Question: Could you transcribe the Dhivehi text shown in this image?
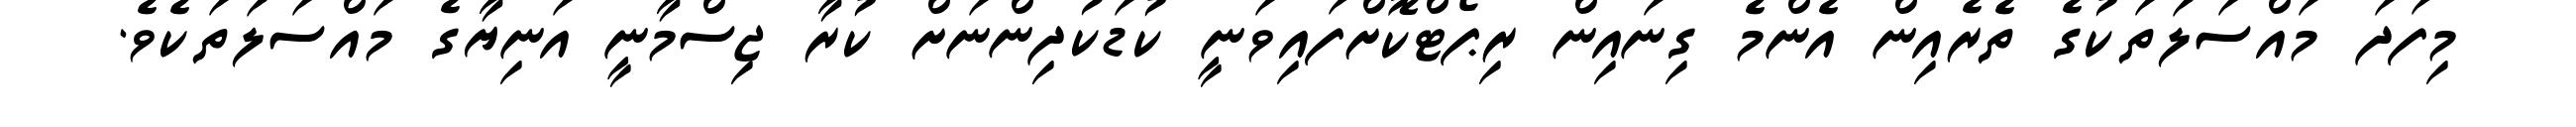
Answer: މިފަދަ މައްސަލަތަކުގެ ތެރެއިން އެންމެ ގިނައިން ރިޕޯޓްކޮށްފައިވަނީ ކުޑަކުދިންނަށް ކުރާ ޖިސްމާނީ އަނިޔާގެ މައްސަލަތަކެވެ.